Lunatic asylums Bombay report 1878-1890 - 1878-1890
Year: 1878
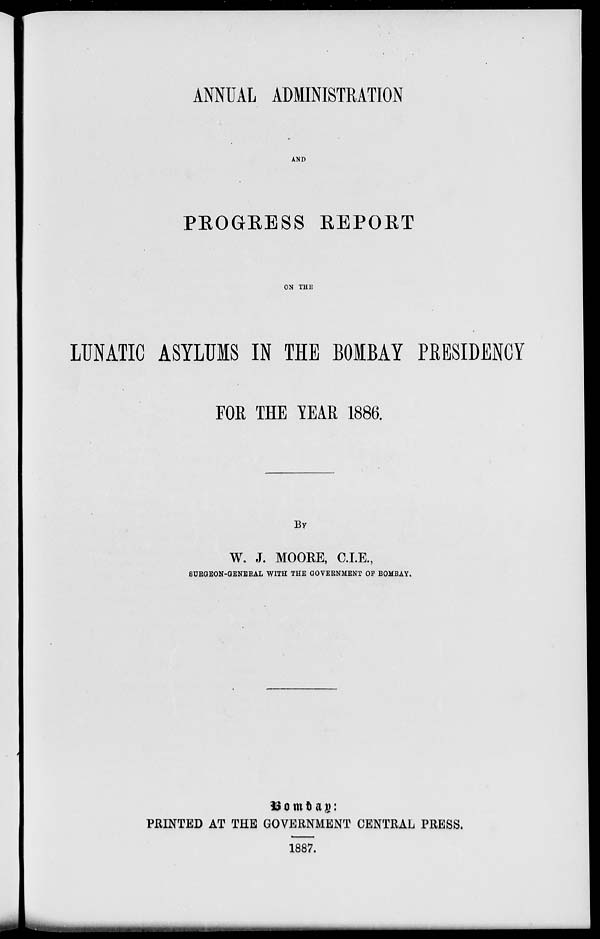
ANNUAL ADMINISTRATION
AND
PROGRESS REPORT
ON THE
LUNATIC ASYLUMS IN THE BOMBAY PRESIDENCY
FOR THE YEAR 1886.
BY
W. J. MOORE, C.I.E.,
SURGEON-GENERAL WITH THE GOVERNMENT OF BOMBAY.
Bombay:
PRINTED AT THE GOVERNMENT CENTRAL PRESS.
1887.